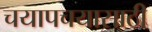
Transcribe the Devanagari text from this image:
चयापचयासाठी